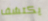
يكتشف